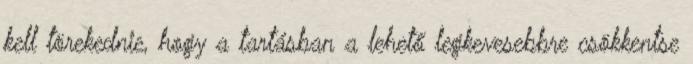
kell törekednie, hogy a tartásban a lehető legkevesebbre csökkentse